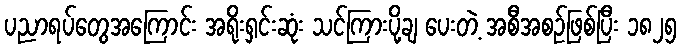
ပညာရပ်တွေအကြောင်း အရိုးရှင်းဆုံး သင်ကြားပို့ချ ပေးတဲ့ အစီအစဉ်ဖြစ်ပြီး ၁၈၂၅